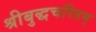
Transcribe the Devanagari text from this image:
श्रीबुद्धचरितम्